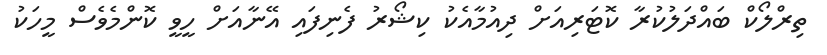
ތިރްލޯކް ބައްދަލުކުރާ ކޮޓަރިއަށް ދިއުމާއެކު ކިޝޯރު ފެނިފައި އޭނާއަށް ހީވީ ކޮންމެވެސް މީހަކު